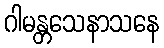
ဂါမန္တသေနာသနေ